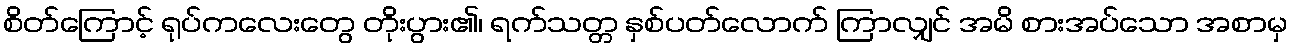
စိတ်ကြောင့် ရုပ်ကလေးတွေ တိုးပွား၏၊ ရက်သတ္တ နှစ်ပတ်လောက် ကြာလျှင် အမိ စားအပ်သော အစာမှ